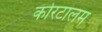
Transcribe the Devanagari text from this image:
कोरटालम